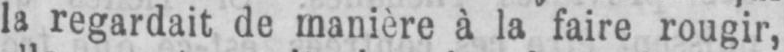
la regardait de manière à la faire rougir,